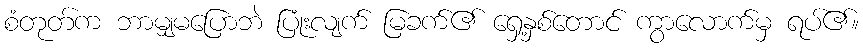
စံတုတ်က ဘာမျှမပြောဘဲ ပြုံးလျက် မြခက်၏ ရှေ့နှစ်တောင် ကွာလောက်မှ ရပ်၏။